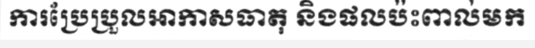
ការប្រែប្រួលអាកាសធាតុ និងផលប៉ះពាល់មក